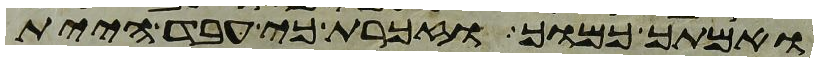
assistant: ואמתך כמוך וזכרת כי עבד היית